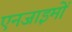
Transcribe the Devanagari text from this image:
एनजाइमों